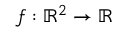
f : \mathbb { R } ^ { 2 } \rightarrow \mathbb { R }